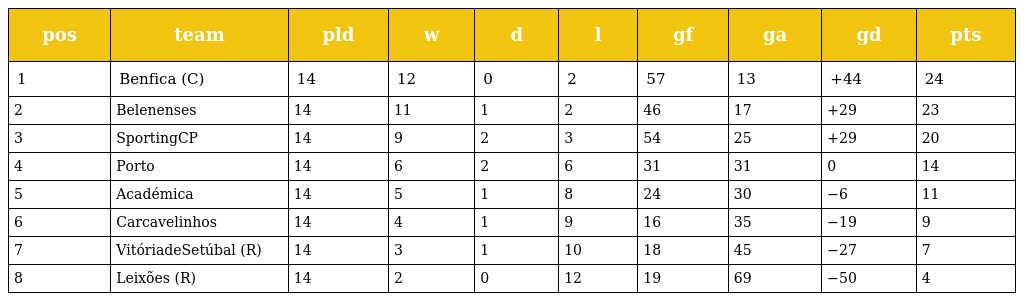
| pos | team | pld | w | d | l | gf | ga | gd | pts |
 | --- | --- | --- | --- | --- | --- | --- | --- | --- | --- |
 | 1 | Benfica (C) | 14 | 12 | 0 | 2 | 57 | 13 | +44 | 24 |
 | 2 | Belenenses | 14 | 11 | 1 | 2 | 46 | 17 | +29 | 23 |
 | 3 | SportingCP | 14 | 9 | 2 | 3 | 54 | 25 | +29 | 20 |
 | 4 | Porto | 14 | 6 | 2 | 6 | 31 | 31 | 0 | 14 |
 | 5 | Académica | 14 | 5 | 1 | 8 | 24 | 30 | −6 | 11 |
 | 6 | Carcavelinhos | 14 | 4 | 1 | 9 | 16 | 35 | −19 | 9 |
 | 7 | VitóriadeSetúbal (R) | 14 | 3 | 1 | 10 | 18 | 45 | −27 | 7 |
 | 8 | Leixões (R) | 14 | 2 | 0 | 12 | 19 | 69 | −50 | 4 |